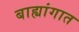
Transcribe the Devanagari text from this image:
बाह्यांगात